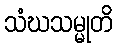
သံဃသမ္မုတိ